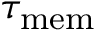
\tau _ { \mathrm { m e m } }